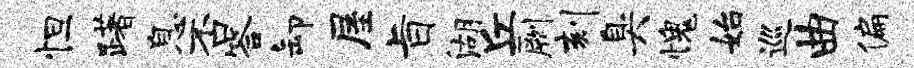
怛躇息否答卸屋旨湖丘劂刻臭愧始巡曲偏